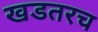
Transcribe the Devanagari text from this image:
खडतरच